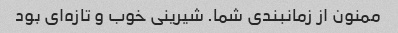
ممنون از زمانبندی شما. شیرینی خوب و تازه‌ای بود